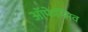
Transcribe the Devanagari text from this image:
ऑफेन्सिव